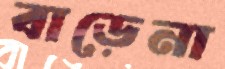
বাড়েনা